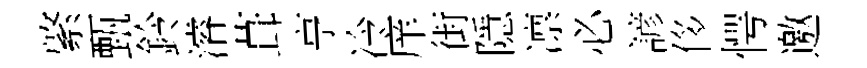
綮甄鈴濬葺亨冷庠街隱凛必諺侈愕邀